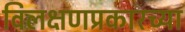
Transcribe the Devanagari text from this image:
विलक्षणप्रकारच्या